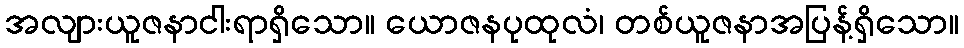
အလျားယူဇနာငါးရာရှိသော။ ယောဇနပုထုလံ၊ တစ်ယူဇနာအပြန့်ရှိသော။